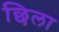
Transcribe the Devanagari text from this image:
छिला